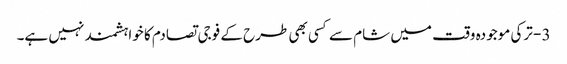
3 - ترکی موجودہ وقت میں شام سے کسی بھی طرح کے فوجی تصادم کا خواہشمند نہیں ہے۔